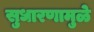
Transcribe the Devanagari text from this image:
सुधारणामुळे